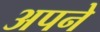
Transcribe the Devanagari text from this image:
अपने